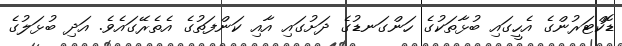
ޑޮކްޓަރުންގެ އެހީގައި ބުޅާތަކުގެ ހަންގަނޑުގެ ދަށުގައި އާއި ކަންފަތުގެ އެތެރޭގައެވެ. އަދި ބުޅަލުގެ